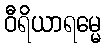
ဝီရိယာရမ္မေ